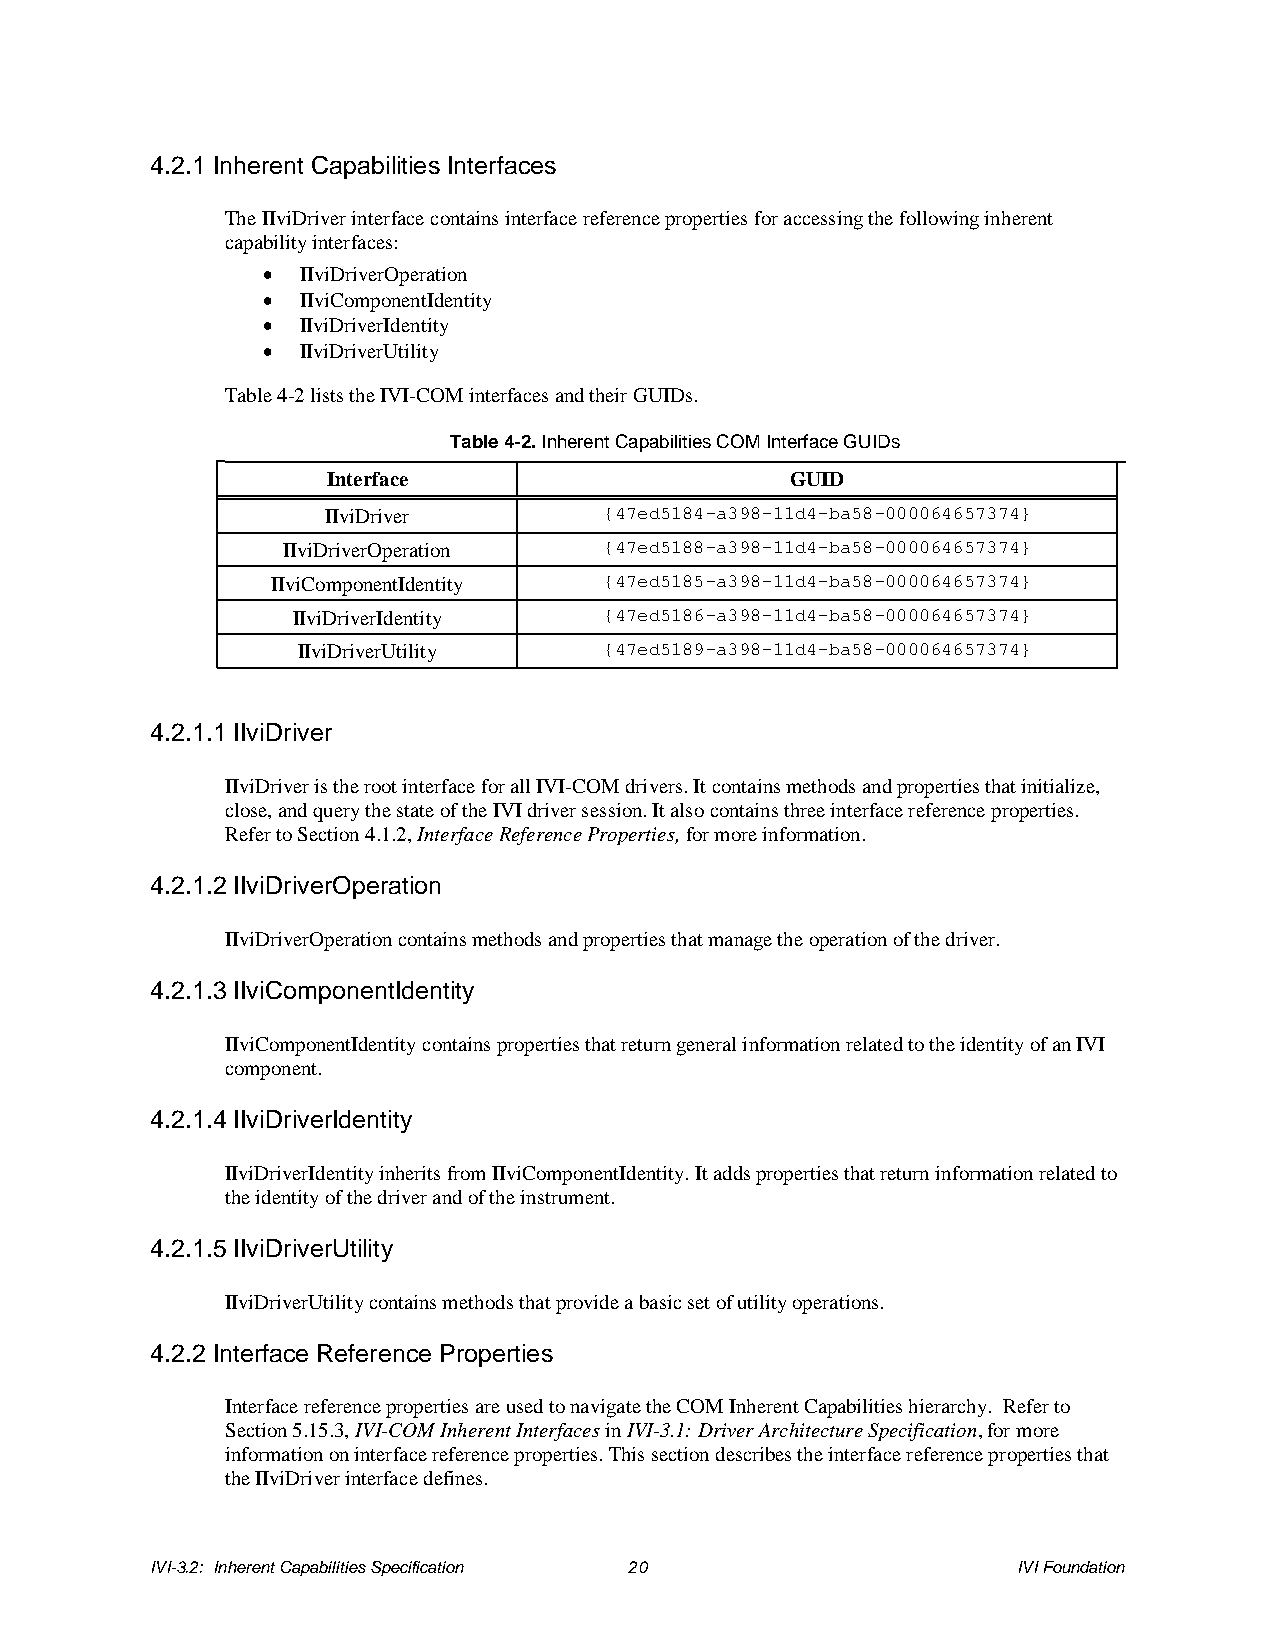
4.2.1 Inherent Capabilities Interfaces
 The IIviDriver interface contains interface reference properties for accessing the following inherent
 capability interfaces:
 •  IIviDriverOperation
 •  IIviComponentIdentity
 •  IIviDriverIdentity
 •  IIviDriverUtility
 Table 4-2 lists the IVI-COM interfaces and their GUIDs.
 Table 4-2. Inherent Capabilities COM Interface GUIDs
 Interface                     GUID
 IIviDriver        {47ed5184-a398-11d4-ba58-000064657374}
 IIviDriverOperation  {47ed5188-a398-11d4-ba58-000064657374}
 IIviComponentIdentity {47ed5185-a398-11d4-ba58-000064657374}
 IIviDriverIdentity   {47ed5186-a398-11d4-ba58-000064657374}
 IIviDriverUtility   {47ed5189-a398-11d4-ba58-000064657374}
 4.2.1.1 IIviDriver
 IIviDriver is the root interface for all IVI-COM drivers. It contains methods and properties that initialize,
 close, and query the state of the IVI driver session. It also contains three interface reference properties.
 Refer to Section 4.1.2, Interface Reference Properties, for more information.
 4.2.1.2 IIviDriverOperation
 IIviDriverOperation contains methods and properties that manage the operation of the driver.
 4.2.1.3 IIviComponentIdentity
 IIviComponentIdentity contains properties that return general information related to the identity of an IVI
 component.
 4.2.1.4 IIviDriverIdentity
 IIviDriverIdentity inherits from IIviComponentIdentity. It adds properties that return information related to
 the identity of the driver and of the instrument.
 4.2.1.5 IIviDriverUtility
 IIviDriverUtility contains methods that provide a basic set of utility operations.
 4.2.2 Interface Reference Properties
 Interface reference properties are used to navigate the COM Inherent Capabilities hierarchy. Refer to
 Section 5.15.3, IVI-COM Inherent Interfaces in IVI-3.1: Driver Architecture Specification, for more
 information on interface reference properties. This section describes the interface reference properties that
 the IIviDriver interface defines.
 IVI-3.2: Inherent Capabilities Specification 20          IVI Foundation